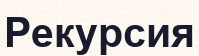
Рекурсия